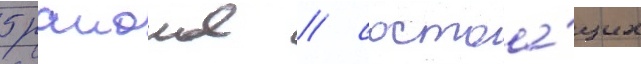
5 раионов / состоа́щих